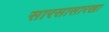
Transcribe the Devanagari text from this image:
सारसासारखा